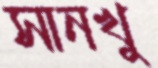
সানখু